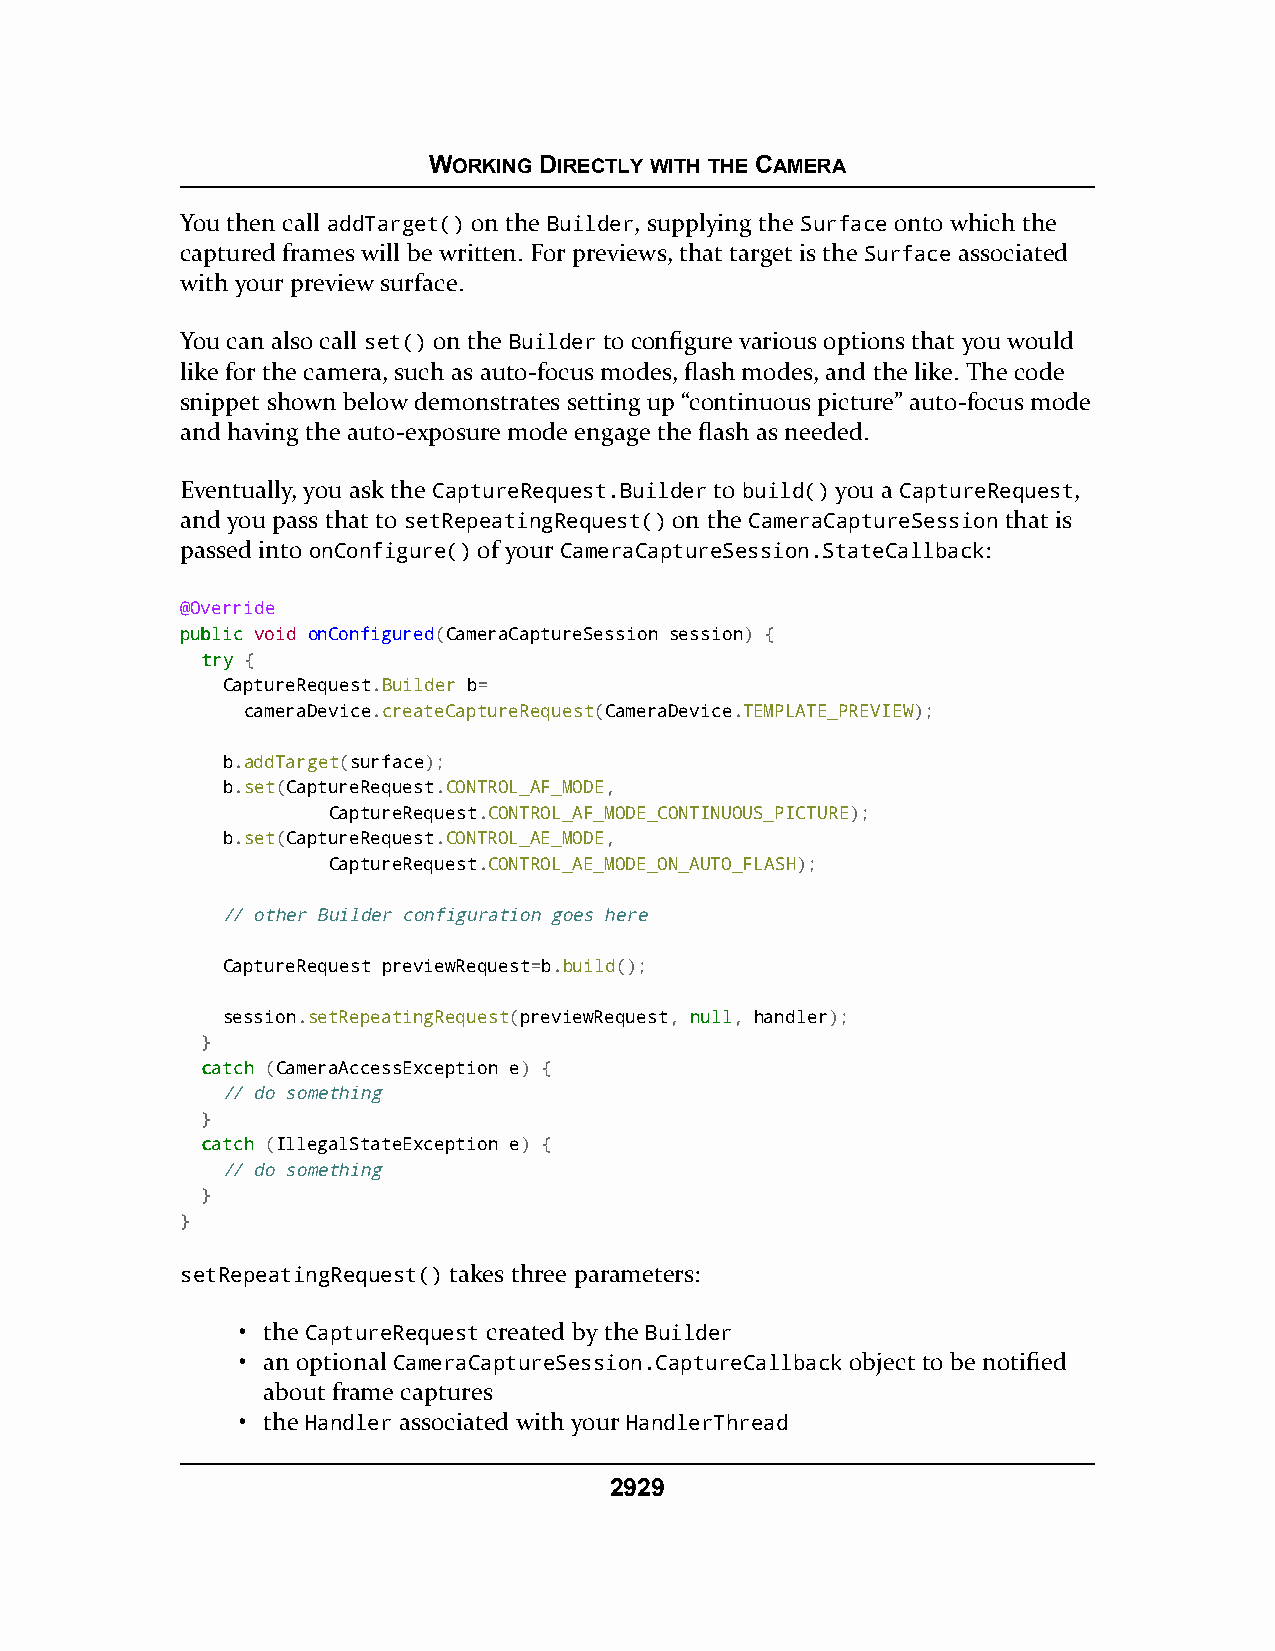
WORKING DIRECTLY WITH THE CAMERA
 You then call addTarget() on the Builder, supplying the Surface onto which the
 captured frames will be written. For previews, that target is the Surface associated
 with your preview surface.
 You can also call set() on the Builder to configure various options that you would
 like for the camera, such as auto-focus modes, flash modes, and the like. The code
 snippet shown below demonstrates setting up “continuous picture” auto-focus mode
 and having the auto-exposure mode engage the flash as needed.
 Eventually, you ask the CaptureRequest.Builder to build() you a CaptureRequest,
 and you pass that to setRepeatingRequest() on the CameraCaptureSession that is
 passed into onConfigure() of your CameraCaptureSession.StateCallback:
 @Override
 ppuubblliicc void onConfigured(CameraCaptureSession session) {
 ttrryy {
 CaptureRequest.Builder b=
 cameraDevice.createCaptureRequest(CameraDevice.TEMPLATE_PREVIEW);
 b.addTarget(surface);
 b.set(CaptureRequest.CONTROL_AF_MODE,
 CaptureRequest.CONTROL_AF_MODE_CONTINUOUS_PICTURE);
 b.set(CaptureRequest.CONTROL_AE_MODE,
 CaptureRequest.CONTROL_AE_MODE_ON_AUTO_FLASH);
 // other Builder configuration goes here
 CaptureRequest previewRequest=b.build();
 session.setRepeatingRequest(previewRequest, nnuullll, handler);
 }
 ccaattcchh (CameraAccessException e) {
 // do something
 }
 ccaattcchh (IllegalStateException e) {
 // do something
 }
 }
 setRepeatingRequest() takes three parameters:
 • the CaptureRequest created by the Builder
 • an optional CameraCaptureSession.CaptureCallback object to be notified
 about frame captures
 • the Handler associated with your HandlerThread
 2929